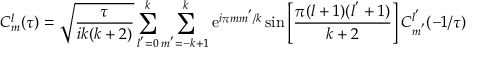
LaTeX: C _ { m } ^ { l } ( \tau ) = \sqrt { \frac { \tau } { i k ( k + 2 ) } } \sum _ { l ^ { ' } = 0 } ^ { k } \sum _ { m ^ { ' } = - k + 1 } ^ { k } \mathrm { e } ^ { i \pi m m ^ { ' } / k } \sin \left[ \frac { \pi ( l + 1 ) ( l ^ { ' } + 1 ) } { k + 2 } \right] C _ { m ^ { ' } } ^ { l ^ { ' } } ( - 1 / \tau )